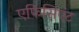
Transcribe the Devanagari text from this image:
एफिसिएंट